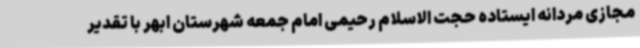
مجازی مردانه ایستاده حجت الاسلام رحیمی امام جمعه شهرستان ابهر با تقدیر